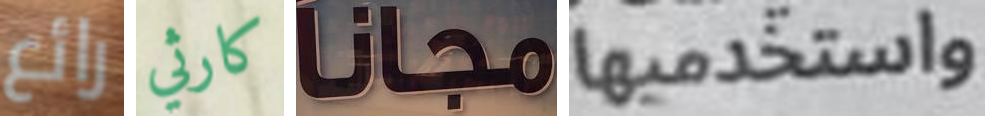
رائع كارثي مجانا واستخدميها